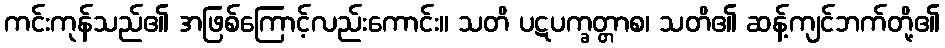
ကင်းကုန်သည်၏ အဖြစ်ကြောင့်လည်းကောင်း။ သတိ ပဋပက္ခတ္တာစ၊ သတိ၏ ဆန့်ကျင်ဘက်တို့၏